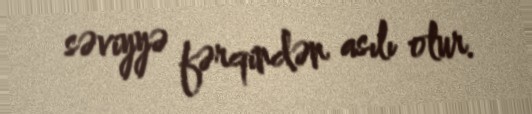
səviyyə fərqindən asılı olur.